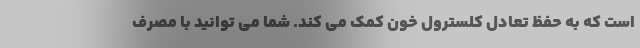
است که به حفظ تعادل کلسترول خون کمک می کند. شما می توانید با مصرف